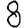
Digit: 8